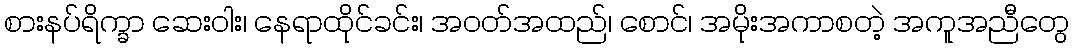
စားနပ်ရိက္ခာ ဆေးဝါး၊ နေရာထိုင်ခင်း၊ အဝတ်အထည်၊ စောင်၊ အမိုးအကာစတဲ့ အကူအညီတွေ